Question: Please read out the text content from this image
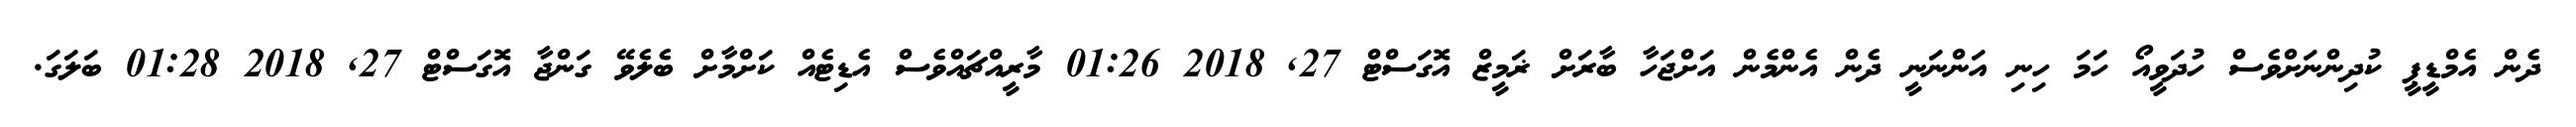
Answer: ދެން އެމްޑީޕީ ކުދިންނަށްވެސް ހުދަވީއޯ ހަމަ ހިނި އަންނަނީ ދެން އެންމެން އަށްޖަހާ ބާރަށް ޜަމީޒް އޮގަސްޓް 27, 2018 01:26 މާރީއްޗައްވެސް އެޑިޓެއް ކަށްމާށް ބެލެވޭ ގަންޖާ އޮގަސްޓް 27, 2018 01:28 ބަލަގަ.